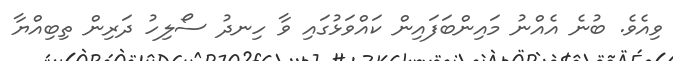
ވިއެވެ. ބުނެ އެއްނު މައިންބަފައިން ކައްވަޅުގައި ވާ ހިނދު ސޯލިހު ދަރިން ތިބިއްޔާ